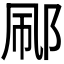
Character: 𬩼